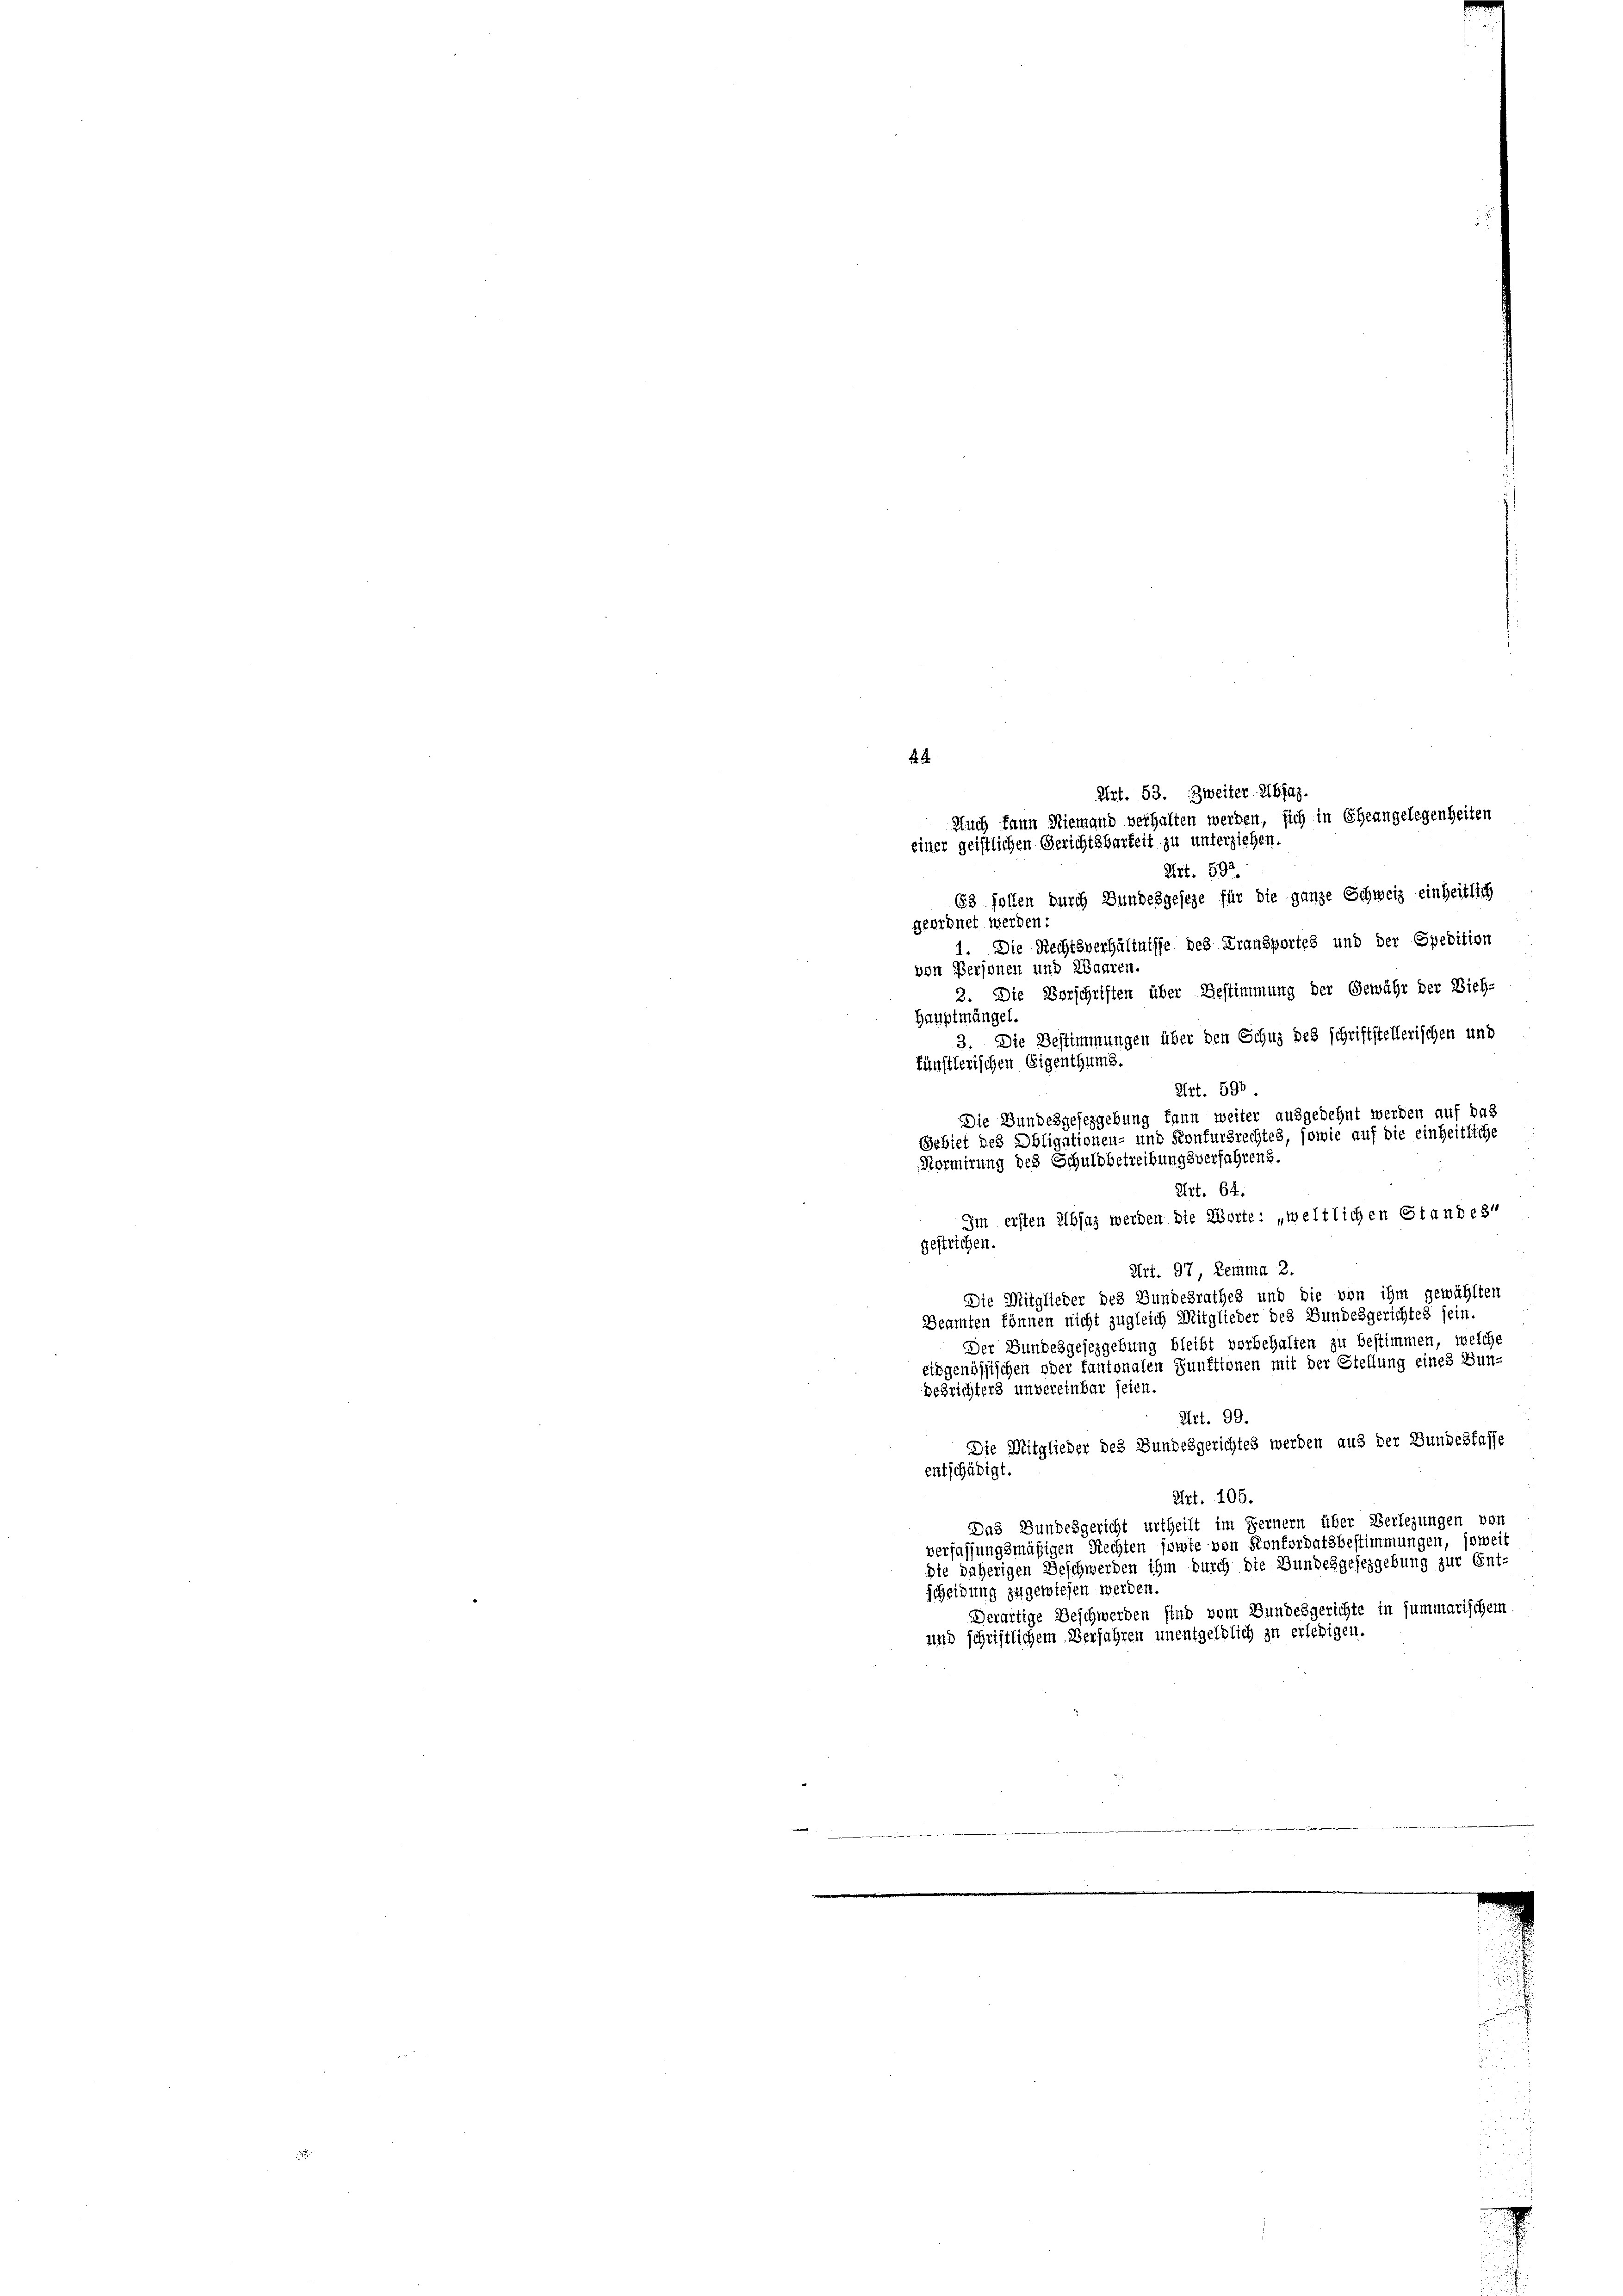
Art. 53. Zweiter Abfas-
Auch kann Niemand verhalten werden, sich in Eheangelegenheiten
einer geistlichen Gerichtsbarkeit zu unterziehen.

Art. 592
63 sollen durch Bundesgesetze für die ganze Schweiz einheitlich
geordnet werden:
1. Die Rechtsverhältnisse des Kransportes und der Spedition
von Personen und Waaren.
2. Die Vorschriften über Bestimmung der Gewähr der Bich-
Hauptmängel.
3. Die Bestimmungen über den Schuz des schriftstellerischen und
fünstlerischen Eigenthums.
Art. 596.
Die Bundesgesezgebung kann weiter ausgedehnt werden auf das
Gebiet des Obligationen- und Konfursrechtes, sowie auf die einheitliche
Normirung des Schuldbetreibungsverfahrens.
Art. 64.
Im ersten Absaz werden die Worte: „weltlichen Standest
gestrichen.
Art. 97, Lemma 2.
Die Mitglieder des Bundesrathes und die von ihm gewählten
Beamten können nicht zugleich Mitglieder des Bundesgerichtes sein.
Der Bundesgesezgebung bleibt vorbehalten zu bestimmen, welche
eidgenössischen oder tantonalen Punktionen mit der Stellung eines Bun-
Besrichters unvereinbar seien.
Art. 99.
Die Mitglieder des Bundesgerichtes werden aus der Bundesfasse
entschädigt.
Art. 105.
Das Bundesgericht urtheilt im Fernern über Verlegungen von
verfassungsmäßigen Rechten sowie von Konkordatsbestimmungen, soweit
die daherigen Beschwerden ihm durch die Bundesgesezgebung zur Ent-
scheidung zugewiesen werden.
Derartige Beschwerden sind vom Bundesgerichte in summarischem
und schriftlichem Verfahren unentgeldlich zu erledigen.